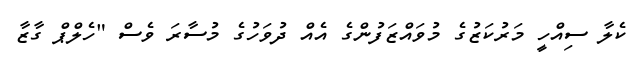
ކެލާ ސިއްހީ މަރުކަޒުގެ މުވައްޒަފުންގެ އެއް ދުވަހުގެ މުސާރަ ވެސް "ހެލްޕް ގާޒާ